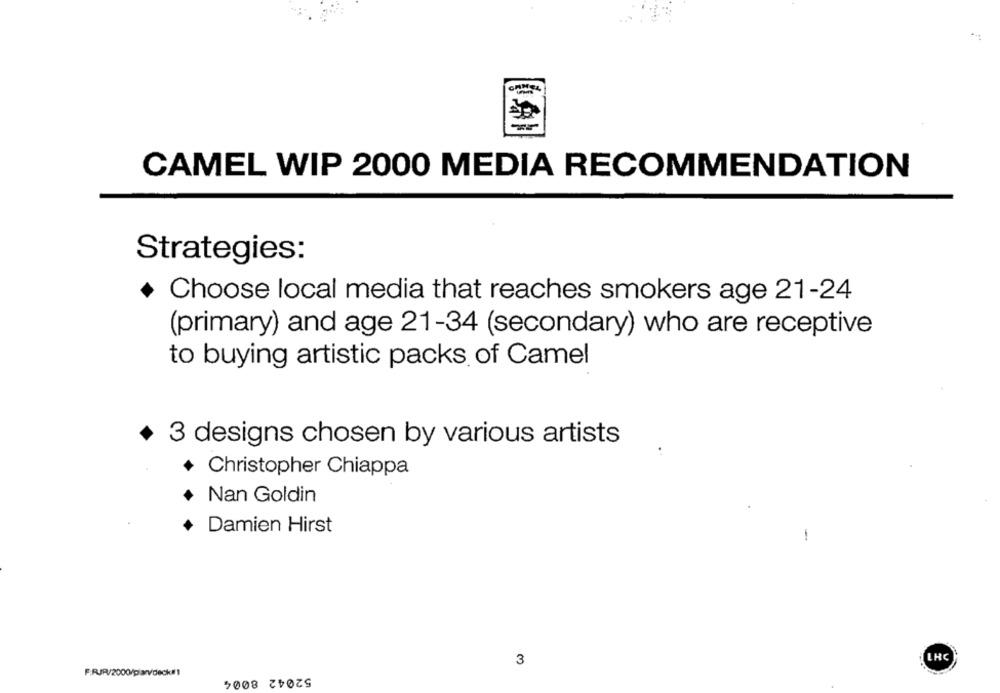
CAMEL WIP 2000 MEDIA RECOMMENDATION
Strategies:
Choose local media that reaches smokers age 21-24
(primary) and age 21-34 (secondary) who are receptive
to buying artistic packs of Camel
3 designs chosen by various artists
+ Christopher Chiappa
Nan Goldin
Damien Hirst
-
LHC
3
52042 8004
F.RJR/2000/pianv/deck !!!